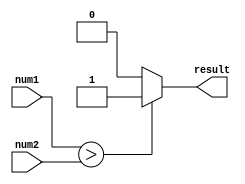
module unsigned_comparator (
    input [31:0] num1, 
    input [31:0] num2,
    output reg result
);

always @(*) begin
    if(num1 > num2)
        result = 1;
    else if(num1 < num2)
        result = 0;
    else
        result = 0;
end

endmodule